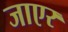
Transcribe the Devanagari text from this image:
जाएर